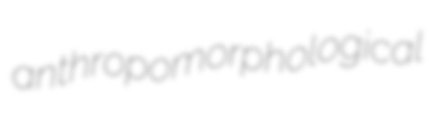
anthropomorphological